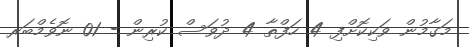
މަގާމުން ވަކިކޮށްފި 4 ހަފްތާ 4 ދުވަސް ކުރިން - 01 ނޮވެމްބަރ